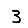
Digit: 3